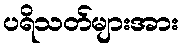
ပရိသတ်များအား